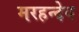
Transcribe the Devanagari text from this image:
मरहन्देव